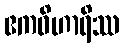
ဧကဝိဟာရိဿ